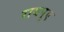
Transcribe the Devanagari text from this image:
रायपुए